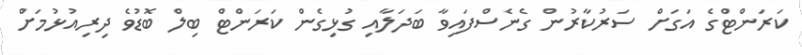
ކަރަންޓްގެ އަގަށް ސަރުކާރުން ގެނެސްފައިވާ ބަދަލާއި ގުޅިގެން ކަރަންޓް ބިލް ބޮޑުވެ ދިރިއުޅުމަށް